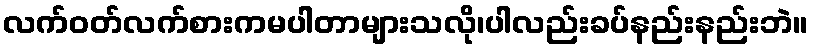
လက်ဝတ်လက်စားကမပါတာများသလို၊ပါလည်းခပ်နည်းနည်းဘဲ။